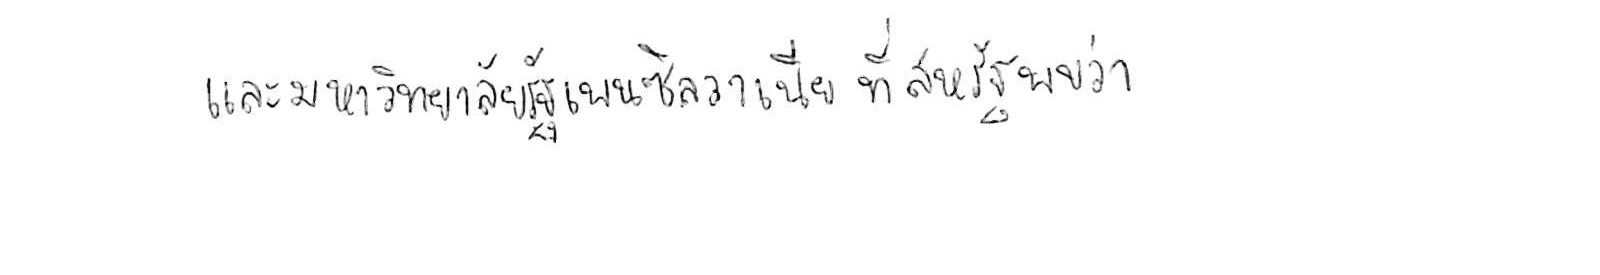
และมหาวิทยาลัยรัฐเพนซิลวาเนีย ที่สหรัฐ พบว่า